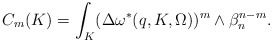
\begin{align*} C_m(K)= \int_{K}(\Delta \omega^*(q,K,\Omega))^m\wedge\beta_n^{n-m}.\end{align*}